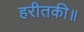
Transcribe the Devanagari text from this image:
हरीतकी॥